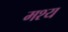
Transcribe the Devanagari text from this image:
मश्य